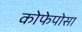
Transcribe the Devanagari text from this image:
कोफेपोसा